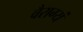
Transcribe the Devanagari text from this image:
वैराग्यं